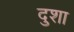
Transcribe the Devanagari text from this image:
दुशा